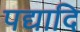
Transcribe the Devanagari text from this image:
पद्यादि